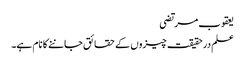
یعقوب مرتضی
علم درحقیقت چیزوں کے حقائق جاننے کا نام ہے۔